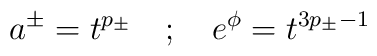
a^{\pm} = t^{p_{\pm}} \quad ; \quad e^{\phi} = t^{3p_{\pm} - 1}